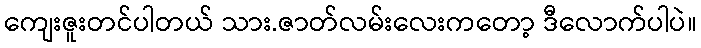
ကျေးဇူးတင်ပါတယ် သား.ဇာတ်လမ်းလေးကတော့ ဒီလောက်ပါပဲ။